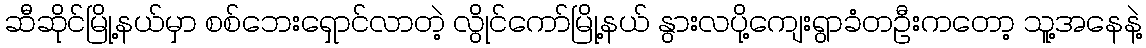
ဆီဆိုင်မြို့နယ်မှာ စစ်ဘေးရှောင်လာတဲ့ လွိုင်ကော်မြို့နယ် နွားလပို့ကျေးရွာခံတဦးကတော့ သူ့အနေနဲ့